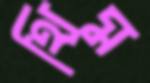
থিম